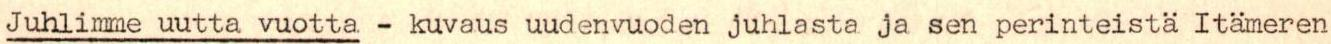
Juhlimme uutta vuotta - kuvaus uudenvuoden juhlasta ja sen perinteistä Itämeren